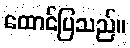
ထောင်ပြသည်။